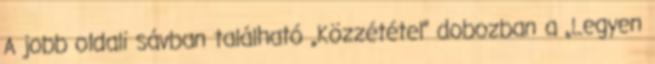
A jobb oldali sávban található „Közzététel” dobozban a „Legyen